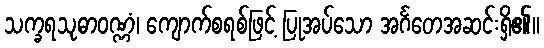
သက္ခရသုဓာဝဏ္ဏံ၊ ကျောက်စရစ်ဖြင့် ပြုအပ်သော အင်္ဂတေအဆင်းရှိ၏။